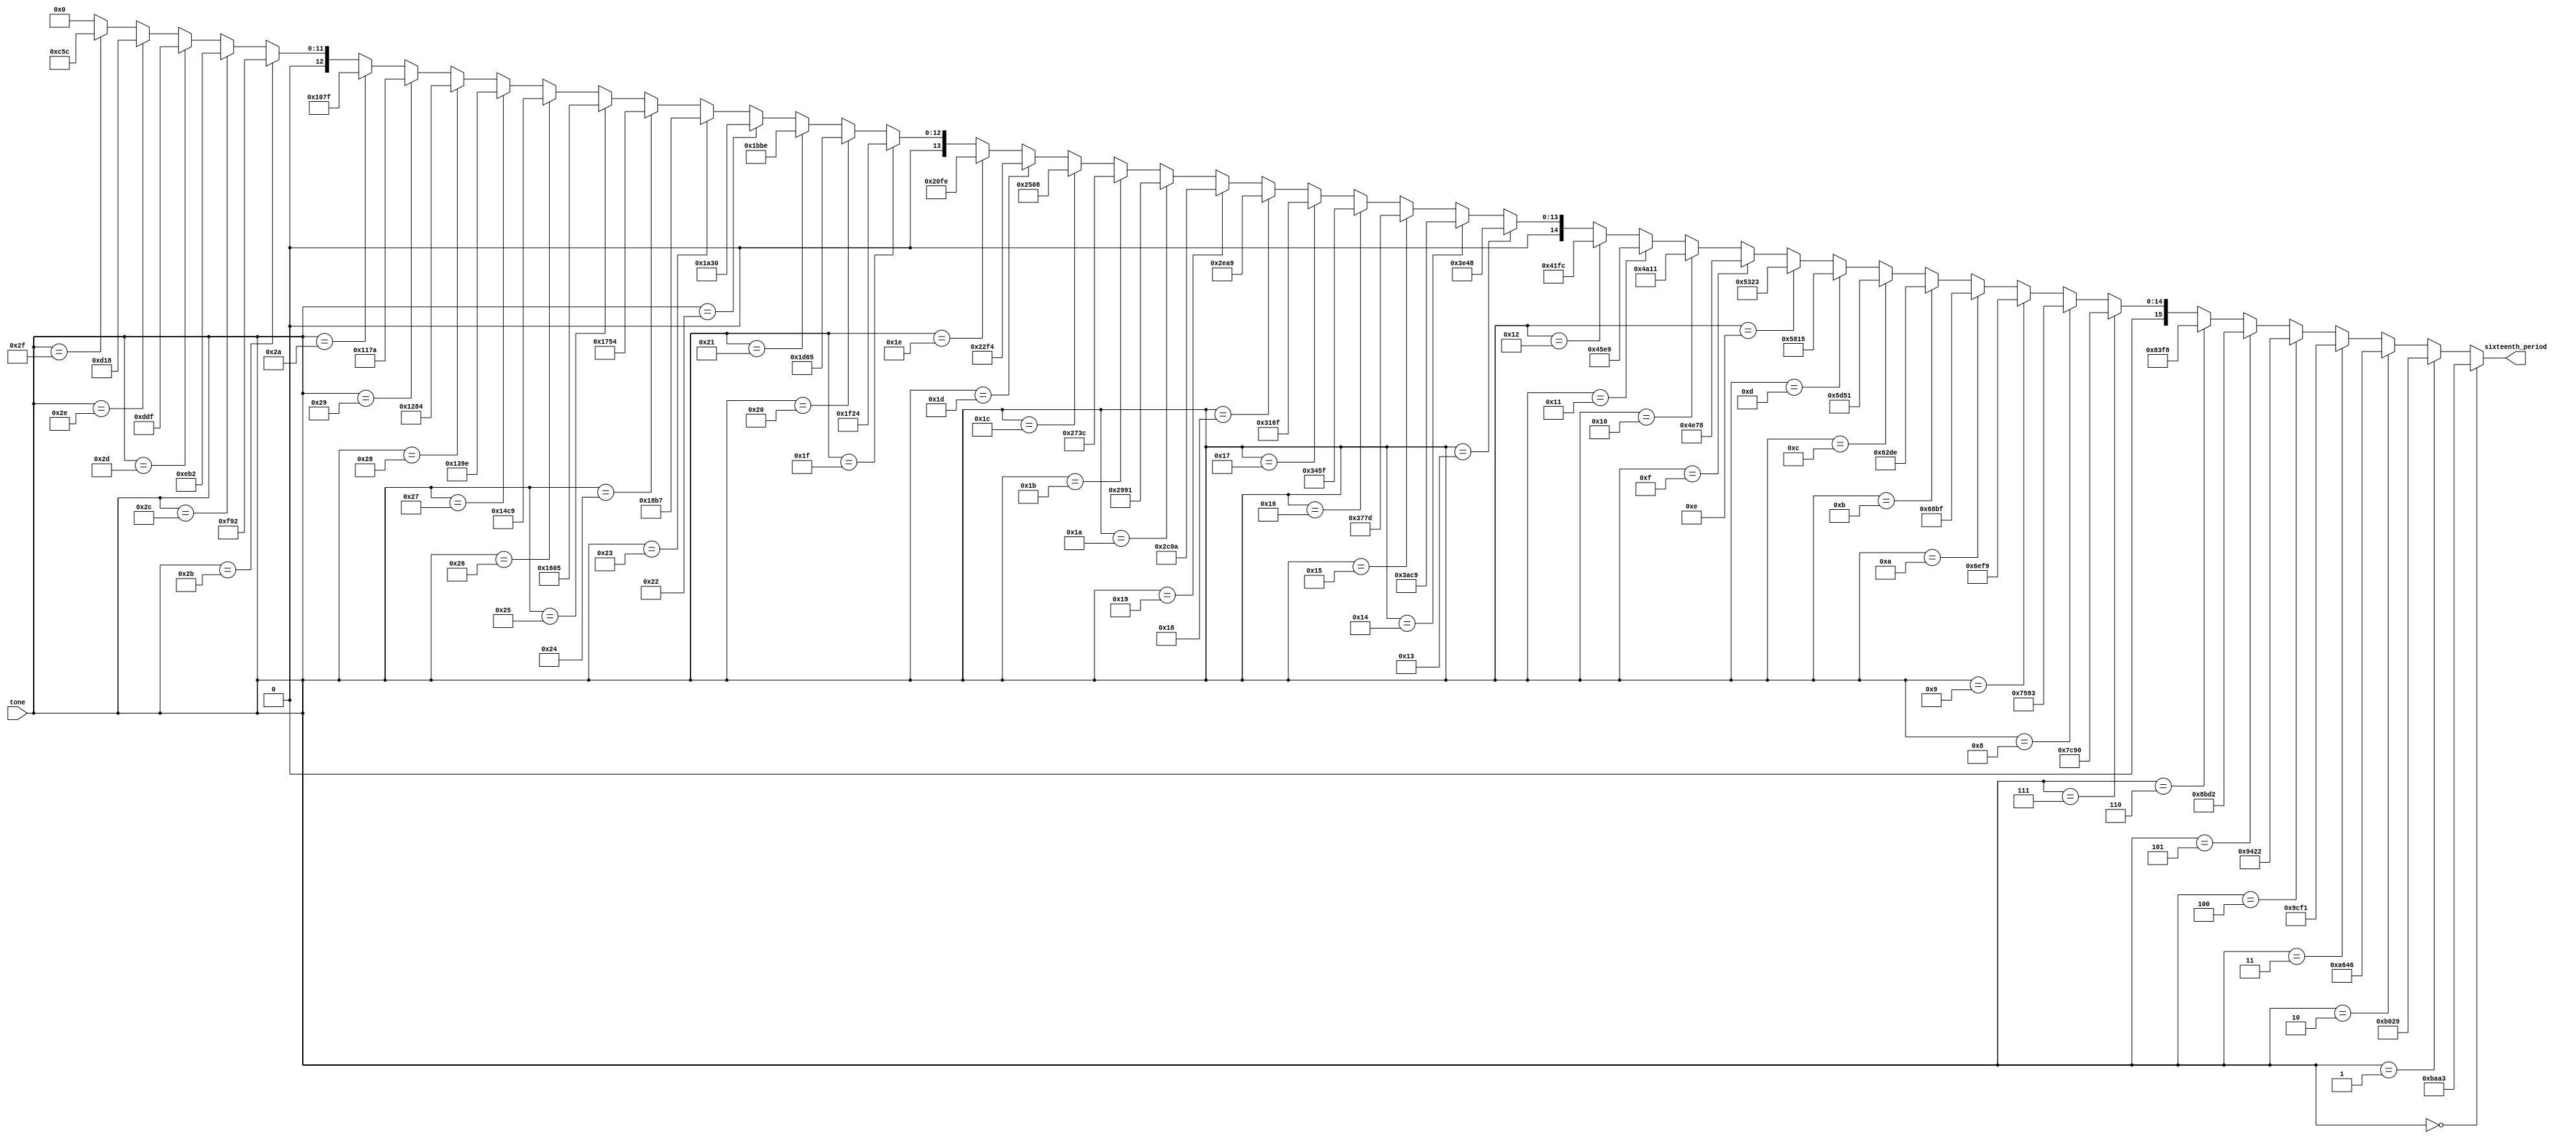
module tone_lut16 (input [5:0] tone, output [15:0] sixteenth_period);
	
	//these constants define the number of 100Mhz cycles needed to emulate each note frequency, divided by 16 to get
	//a 16th of  the waveform, to use PWM accurately
	parameter 	
				// Need to add C3 to G3, also all sharps and flats
				C3  = 16'd47779,
				C3S = 16'd45097,
				D3  = 16'd42566,
				D3S = 16'd40177,
				E3  = 16'd37922,
				F3  = 16'd35794,
				F3S = 16'd33784,
				G3  = 16'd31888,
				G3S = 16'd30099,
				A3  = 16'd28409,
				A3S = 16'd26815,
				B3  = 16'd25310,
				
				C4  = 16'd23889,
				C4S = 16'd22549,
				D4  = 16'd21283,
				D4S = 16'd20088,
				E4  = 16'd18961,
				F4  = 16'd17897,
				F4S = 16'd16892,
				G4  = 16'd15944,
				G4S = 16'd15049,
				A4  = 16'd14205,
				A4S = 16'd13407,
				B4  = 16'd12655,
				
				C5  = 16'd11945,
				C5S = 16'd11274,
				D5  = 16'd10641,
				D5S = 16'd10044,
				E5  = 16'd9480,
				F5  = 16'd8948,
				F5S = 16'd8446,
				G5  = 16'd7972,
				G5S = 16'd7525,
				A5  = 16'd7102,
				A5S = 16'd6704,
				B5  = 16'd6327,
				
				C6  = 16'd5972,
				C6S = 16'd5637,
				D6  = 16'd5321,
				D6S = 16'd5022,
				E6  = 16'd4740,
				F6  = 16'd4474,
				F6S = 16'd4223,
				G6  = 16'd3986,
				G6S = 16'd3762,
				A6  = 16'd3551,
				A6S = 16'd3352,
				B6  = 16'd3164;
				
	assign sixteenth_period =  (tone == 6'd0)  ? C3  :
									   (tone == 6'd1)  ? C3S :
									   (tone == 6'd2)  ? D3  :
										(tone == 6'd3)  ? D3S :
										(tone == 6'd4)  ? E3  :
										(tone == 6'd5)  ? F3  :
										(tone == 6'd6)  ? F3S :
										(tone == 6'd7)  ? G3  :
										(tone == 6'd8)  ? G3S :
										(tone == 6'd9)  ? A3  :
										(tone == 6'd10) ? A3S :
										(tone == 6'd11) ? B3  :
									 
										(tone == 6'd12) ? C4  :
										(tone == 6'd13) ? C4S :
										(tone == 6'd14) ? D4  :
										(tone == 6'd15) ? D4S :
										(tone == 6'd16) ? E4  :
										(tone == 6'd17) ? F4  :
										(tone == 6'd18) ? F4S :
										(tone == 6'd19) ? G4  :
										(tone == 6'd20) ? G4S :
										(tone == 6'd21) ? A4  :
										(tone == 6'd22) ? A4S :
										(tone == 6'd23) ? B4  :
									 
										(tone == 6'd24) ? C5  :
										(tone == 6'd25) ? C5S :
										(tone == 6'd26) ? D5  :
										(tone == 6'd27) ? D5S :
										(tone == 6'd28) ? E5  :
										(tone == 6'd29) ? F5  :
										(tone == 6'd30) ? F5S :
										(tone == 6'd31) ? G5  :
										(tone == 6'd32) ? G5S :
										(tone == 6'd33) ? A5  :
										(tone == 6'd34) ? A5S :
										(tone == 6'd35) ? B5  :
									 
										(tone == 6'd36) ? C6  :
										(tone == 6'd37) ? C6S :
										(tone == 6'd38) ? D6  :
										(tone == 6'd39) ? D6S :
										(tone == 6'd40) ? E6  :
										(tone == 6'd41) ? F6  :
										(tone == 6'd42) ? F6S :
										(tone == 6'd43) ? G6  :
										(tone == 6'd44) ? G6S :
										(tone == 6'd45) ? A6  :
										(tone == 6'd46) ? A6S :
										(tone == 6'd47) ? B6  :
										/*tone undefined*/  0 ;

endmodule